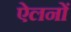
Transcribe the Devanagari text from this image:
ऐलनों